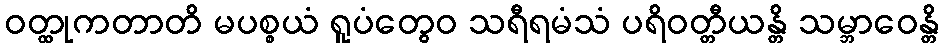
ဝတ္ထုကတာတိ မပစ္စယံ ရူပံတွေဝ သရီရမံသံ ပရိဝတ္တီယန္တိ သမ္ဘာဝေန္တိ